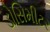
ડોસિમીટર